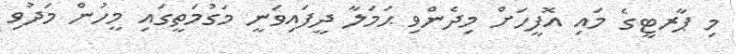
މި ޕާރޓީގެ މައި އޮފީހަށް މިދެންވި ޙަމަލާ ދީފައިވަނީ މަގުމަތީގައި މީހުން މަދުވި